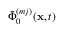
\bar { \Phi } _ { 0 } ^ { ( m j ) } ( \mathbf { x } , t )